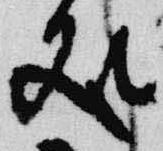
処